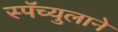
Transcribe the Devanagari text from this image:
स्पॅच्युलाने